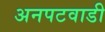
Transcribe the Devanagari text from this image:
अनपटवाडी